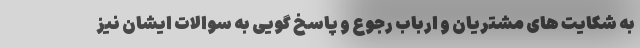
به شکایت های مشتریان و ارباب رجوع و پاسخ گویی به سوالات ایشان نیز